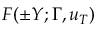
F ( \pm Y ; \Gamma , u _ { T } )